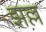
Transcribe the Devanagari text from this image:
झल्ल